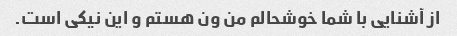
از آشنایی با شما خوشحالم من ون هستم و این نیکی است.